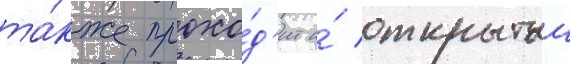
та́кже прохо́д'ит и́ открытыи